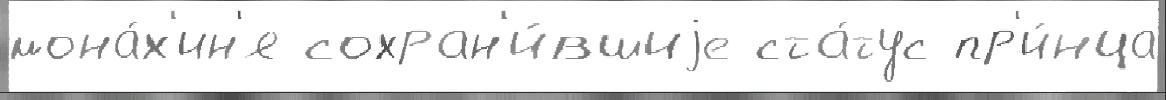
мона́х'ин'я сохран'и́вшиjе ста́тус пр'и́нца